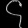
Digit: ၄